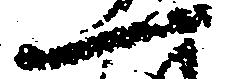
一